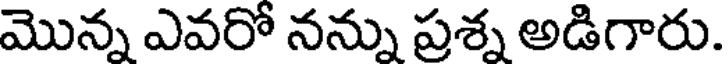
మొన్న ఎవరో నన్ను ప్రశ్న అడిగారు.